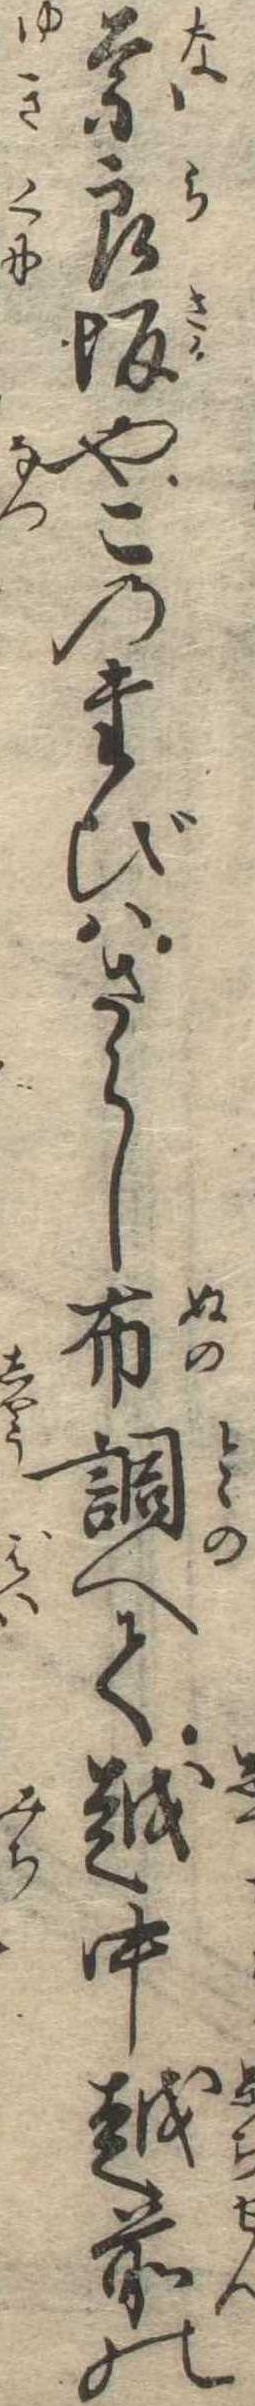
奈良坂やこのたびはさらし布調へて越中越前の